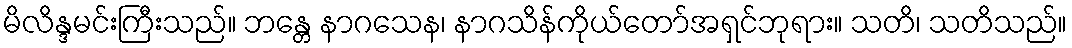
မိလိန္ဒမင်းကြီးသည်။ ဘန္တေ နာဂသေန၊ နာဂသိန်ကိုယ်တော်အရှင်ဘုရား။ သတိ၊ သတိသည်။